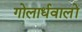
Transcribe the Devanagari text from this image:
गोलार्धवालों